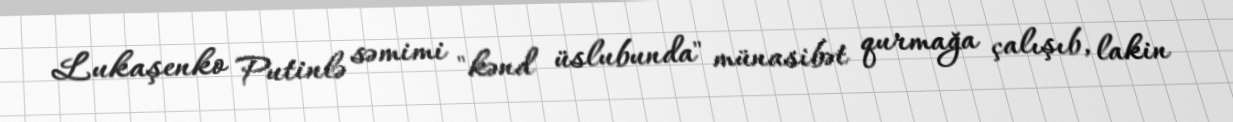
Lukaşenko Putinlə səmimi "kənd üslubunda" münasibət qurmağa çalışıb, lakin